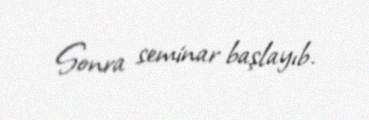
Sonra seminar başlayıb.